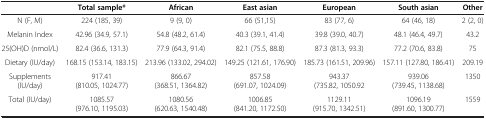
|  | Total sample* | African | East asian | European | South asian | Other |
 | --- | --- | --- | --- | --- | --- | --- |
 | N (F, M) | 224 (185, 39) | 9 (9, 0) | 66 (51,15) | 83 (77, 6) | 64 (46, 18) | 2 (2, 0) |
 | Melanin Index | 42.96 (34.9, 57.1) | 54.8 (48.2, 61.4) | 40.3 (39.1, 41.4) | 39.8 (39.0, 40.7) | 48.1 (46.4, 49.7) | 43.2 |
 | 25(OH)D (nmol/L) | 82.4 (36.6, 131.3) | 77.9 (64.3, 91.4) | 82.1 (75.5, 88.8) | 87.3 (81.3, 93.3) | 77.2 (70.6, 83.8) | 75 |
 | Dietary (IU/day) | 168.15 (153.14, 183.15) | 213.96 (133.02, 294.02) | 149.25 (121.61, 176.90) | 185.73 (161.51, 209.96) | 157.11 (127.80, 186.41) | 209.19 |
 | Supplements (IU/day) | 917.41 (810.05, 1024.77) | 866.67 (368.51, 1364.82) | 857.58 (691.07, 1024.09) | 943.37 (735.82, 1050.92 | 939.06 (739.45, 1138.68) | 1350 |
 | Total (IU/day) | 1085.57 (976.10, 1195.03) | 1080.56 (620.63, 1540.48) | 1006.85 (841.20, 1172.50) | 1129.11 (915.70, 1342.51) | 1096.19 (891.60, 1300.77) | 1559 |